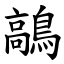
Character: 鶮